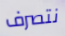
نتصرف